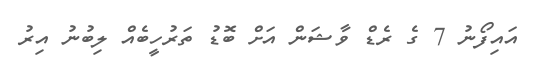
އައިފޯނު 7 ގެ ރެޑް ވާޝަން އަށް ބޮޑު ތަރުހީބެއް ލިބުނު އިރު